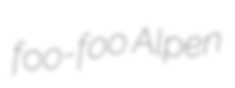
foo-foo Alpen